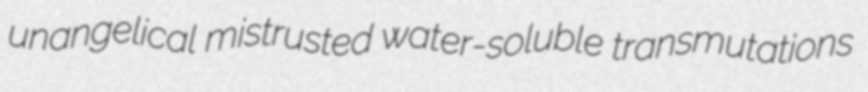
unangelical mistrusted water-soluble transmutations